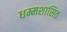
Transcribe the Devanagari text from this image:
धम्मशासित